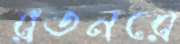
রতনরে